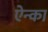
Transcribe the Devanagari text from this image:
ऐन्का